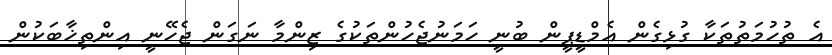
އެ ތުހުމަތުތަކާ ގުޅިގެން އެމްޑީޕީން ބުނީ ހަމަނުޖެހުންތަކުގެ ޒިންމާ ނަގަން ޖެހޭނީ އިންތިޚާބަކުން